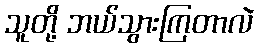
သူတို့ ဘယ်သွားကြတာလဲ